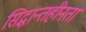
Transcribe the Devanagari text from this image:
सिद्धान्तहीनता